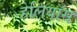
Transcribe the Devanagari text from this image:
हेलियॉस